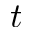
t